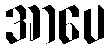
အာပေ